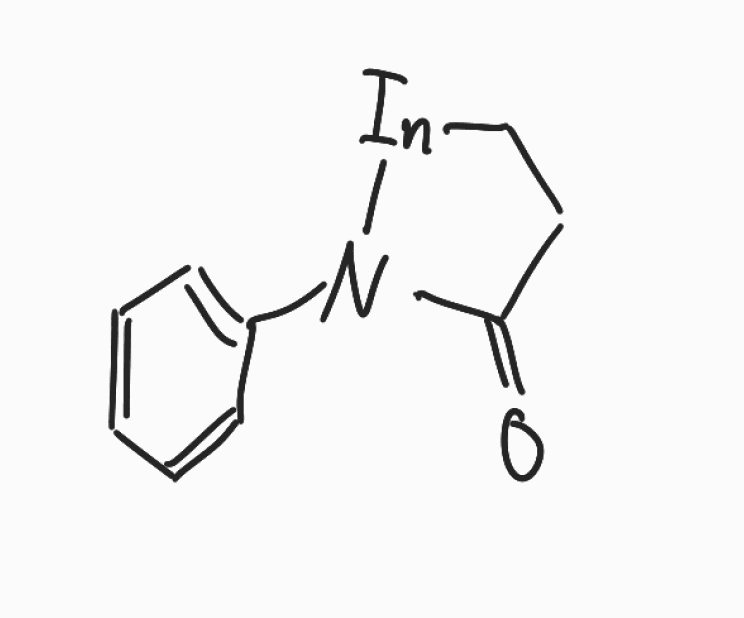
Simplified molecular-input line-entry system (SMILES) notation of the given molecule:
C1C[In]N(C1=O)C2=CC=CC=C2